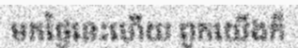
មកថ្ងៃនេះហើយ ពួកយើងក៏